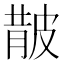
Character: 𭽬